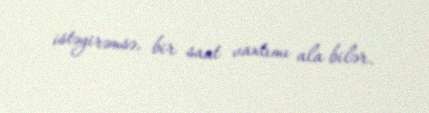
istəyirəmsə, bir saat vaxtımı ala bilər.